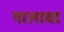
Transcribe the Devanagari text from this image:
गालाचा